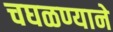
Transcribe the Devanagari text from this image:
चघळण्याने